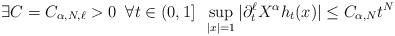
LaTeX: \begin{align*}\exists C=C_{\alpha,N,\ell}>0\;\;\forall t\in(0,1]\;\;\sup_{|x|=1}|\partial_{t}^{\ell}X^{\alpha}h_{t}(x)|\leq C_{\alpha, N}t^{N}\end{align*}